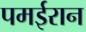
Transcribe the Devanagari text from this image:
पमईरान